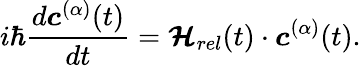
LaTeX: i\hbar\frac{d\boldsymbol{c}^{(\alpha)}(t)}{dt}=\boldsymbol{\mathcal{H}}_{rel}(t)\cdot\boldsymbol{c}^{(\alpha)}(t).